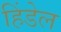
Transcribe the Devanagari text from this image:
हिंडेल